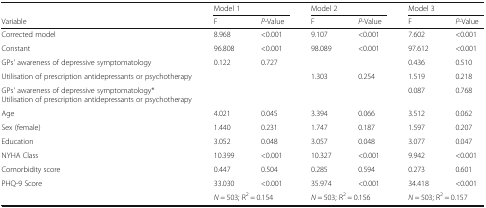
|  | <COLSPAN=2> Model 1 | <COLSPAN=2> Model 2 | <COLSPAN=2> Model 3 |
 | Variable | F | P-Value | F | P-Value | F | P-Value |
 | --- | --- | --- | --- | --- | --- | --- |
 | Corrected model | 8.968 | <0.001 | 9.107 | <0.001 | 7.602 | <0.001 |
 | Constant | 96.808 | <0.001 | 98.089 | <0.001 | 97.612 | <0.001 |
 | GPs' awareness of depressive symptomatology | 0.122 | 0.727 |  |  | 0.436 | 0.510 |
 | Utilisation of prescription antidepressants or psychotherapy |  |  | 1.303 | 0.254 | 1.519 | 0.218 |
 | GPs' awareness of depressive symptomatology* Utilisation of prescription antidepressants or psychotherapy |  |  |  |  | 0.087 | 0.768 |
 | Age | 4.021 | 0.045 | 3.394 | 0.066 | 3.512 | 0.062 |
 | Sex (female) | 1.440 | 0.231 | 1.747 | 0.187 | 1.597 | 0.207 |
 | Education | 3.052 | 0.048 | 3.057 | 0.048 | 3.077 | 0.047 |
 | NYHA Class | 10.399 | <0.001 | 10.327 | <0.001 | 9.942 | <0.001 |
 | Comorbidity score | 0.447 | 0.504 | 0.285 | 0.594 | 0.273 | 0.601 |
 | PHQ-9 Score | 33.030 | <0.001 | 35.974 | <0.001 | 34.418 | <0.001 |
 |  | <COLSPAN=2> N = 503; R2 = 0.154 | <COLSPAN=2> N = 503; R2 = 0.156 | <COLSPAN=2> N = 503; R2 = 0.157 |